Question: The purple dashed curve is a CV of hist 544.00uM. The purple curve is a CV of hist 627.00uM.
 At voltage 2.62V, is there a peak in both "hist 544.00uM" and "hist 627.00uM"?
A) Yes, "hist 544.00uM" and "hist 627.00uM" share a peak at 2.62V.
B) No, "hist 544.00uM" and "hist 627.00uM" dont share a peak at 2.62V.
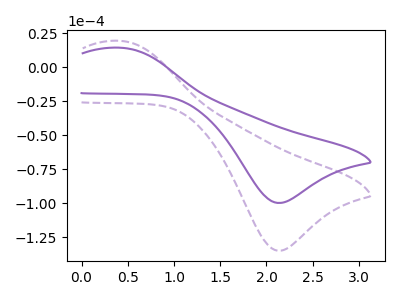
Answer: <think>The purple dashed curve "hist 544.00uM" has an anodic peak at (0.45V, 19.35uA) and a cathodic peak at (2.15V, -135.10uA). The purple curve "hist 627.00uM" has an anodic peak at (0.45V, 14.30uA) and a cathodic peak at (2.15V, -99.95uA).</think>
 <answer>B) No, "hist 544.00uM" and "hist 627.00uM" dont share a peak at 2.62V.</answer>
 <eval>B</eval>